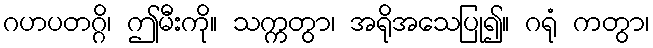
ဂဟပတဂ္ဂိ၊ ဤမီးကို။ သက္ကတွာ၊ အရိုအသေပြု၍။ ဂရုံ ကတွာ၊